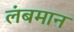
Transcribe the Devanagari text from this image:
लंबमान